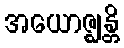
အယောဇ္ဈန္တိ